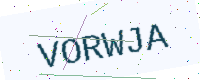
Text: VORWJA